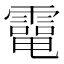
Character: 𩅐